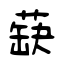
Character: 蒛